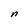
Character: n